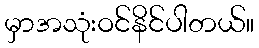
မှာအသုံးဝင်နိင်ပါတယ်။